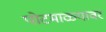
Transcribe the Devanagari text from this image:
पोटमाळ्यावर